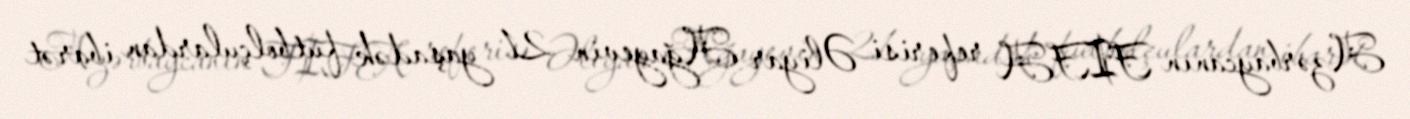
Azərbaycanın FIFA referisi Əliyar Ağayevin 21 yaşadək futbolçulardan ibarət